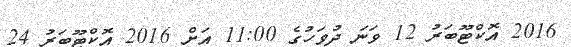
2016 އޮކްޓޫބަރު 12 ވަނަ ދުވަހުގެ 11:00 އަށް 2016 އޮކްޓޫބަރު 24